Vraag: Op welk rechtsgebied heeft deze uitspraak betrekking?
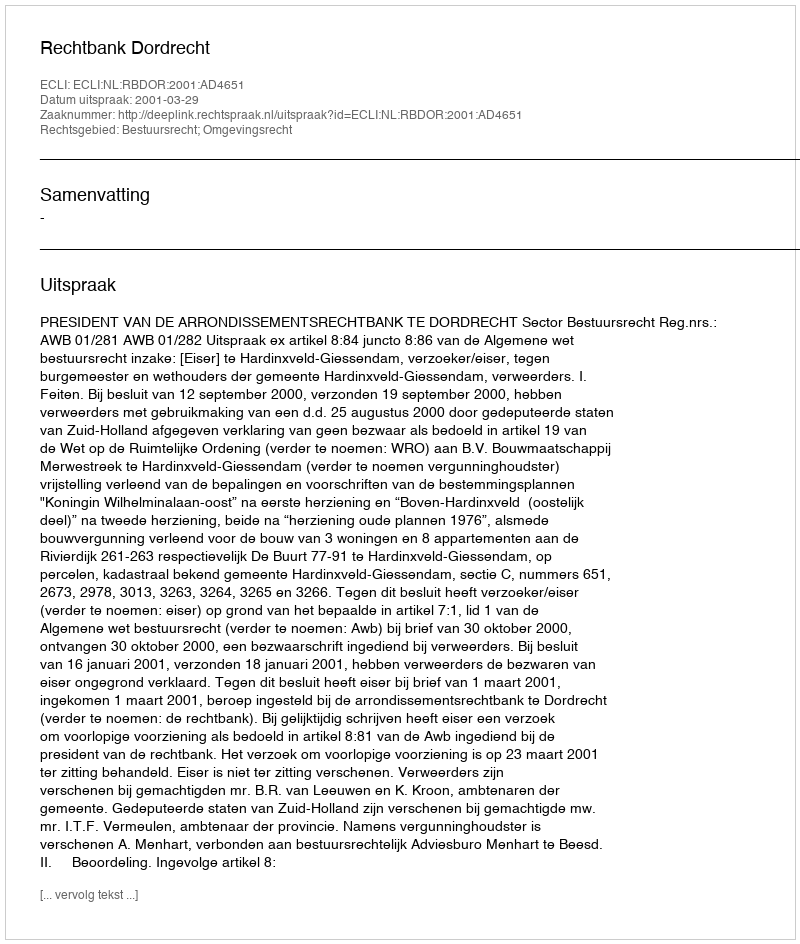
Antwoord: Bestuursrecht; Omgevingsrecht